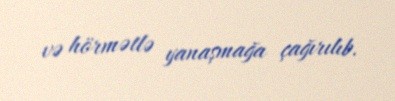
və hörmətlə yanaşmağa çağırılıb.